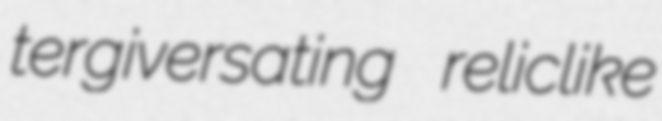
tergiversating reliclike